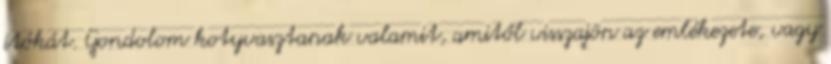
itókát. Gondolom kotyvasztanak valamit, amitől visszajön az emlékezete, vagy